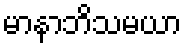
မာနာဘိသမယာ